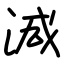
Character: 減